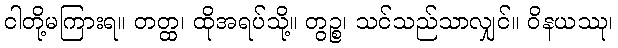
ငါတို့မကြားရ။ တတ္ထ၊ ထိုအရပ်သို့။ တွဉ္စ၊ သင်သည်သာလျှင်။ ဝိနယဿု၊